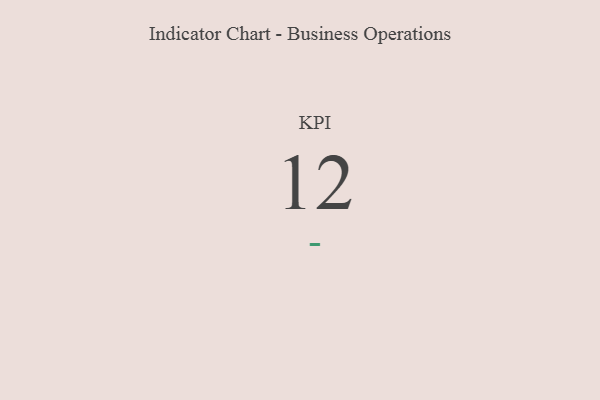
{"axis": {"x": "KPI", "y": "Value"}, "legend": [""], "data": [{"x": "KPI", "y": 12, "type": ""}]}